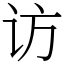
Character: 访